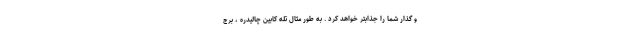
و گذار شما را جذابتر خواهد کرد . به طور مثال تله کابین چالیدره ، برج